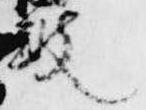
鼓